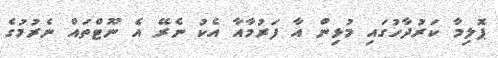
ޕޮލިމާ ކަރުދާހުގައި މުޅިން އާ ފަރުމާއާ އެކު ނެރޭ އެ ނޫޓްތައް ނެރުމުގެ